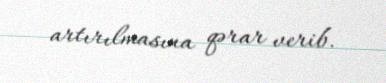
artırılmasına qərar verib.